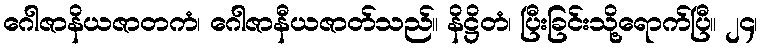
ဂေါဇာနိယဇာတကံ၊ ဂေါဇာနီယဇာတ်သည်။ နိဋ္ဌိတံ၊ ပြီးခြင်းသို့ရောက်ပြီ။ ၂၄၊